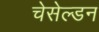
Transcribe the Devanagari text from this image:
चेसेल्डन